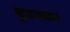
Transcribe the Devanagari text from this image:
कुएन्का।